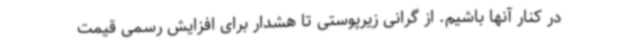
در کنار آنها باشیم. از گرانی زیرپوستی تا هشدار برای افزایش رسمی قیمت